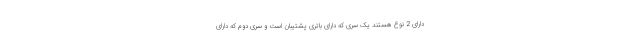
دارای 2 نوع هستند یک سری که دارای باتری پشتیبان است و سری دوم که دارای